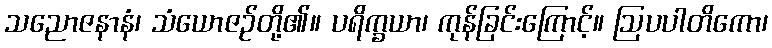
သညောဇနာနံ၊ သံယောဇဉ်တို့၏။ ပရိက္ခယာ၊ ကုန်ခြင်းကြောင့်။ ဩပပါတိကော၊